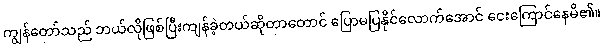
ကျွန်တော်သည် ဘယ်လိုဖြစ်ပြီးကျန်ခဲ့တယ်ဆိုတာတောင် ပြောမပြနိုင်လောက်အောင် ငေးကြောင်နေမိ၏။